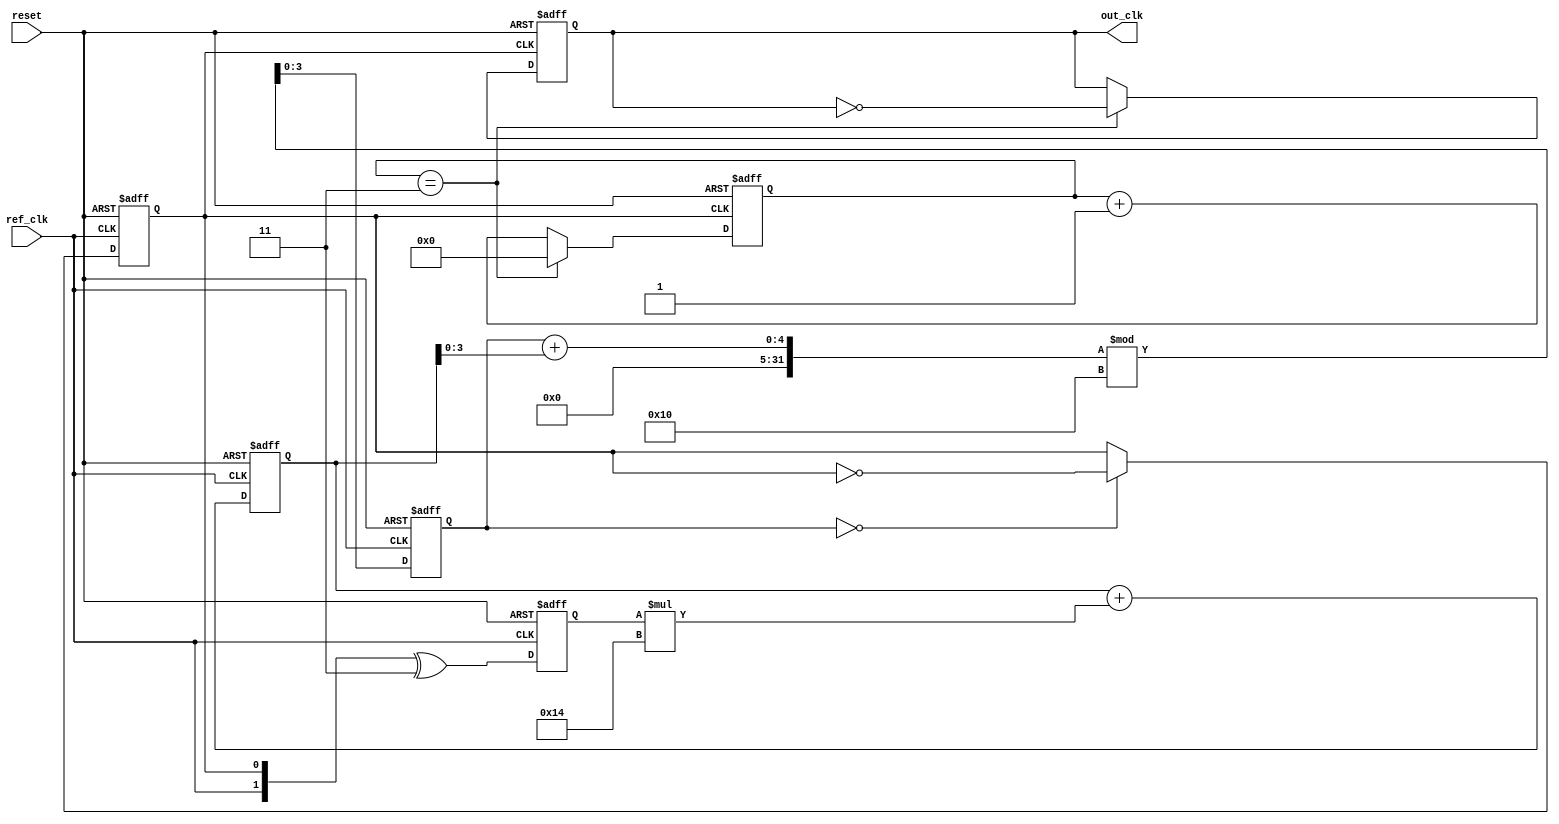
module PLL (
    input wire ref_clk,                // Reference clock input
    input wire reset,                  // Asynchronous reset
    output reg out_clk                 // Output clock signal
);

    // Parameters
    parameter DIV_RATIO = 4;          // Division ratio of the frequency divider
    parameter LOOP_FILTER_COEF = 8'd20;  // Loop filter coefficient for VCO control voltage

    // Internal signals
    reg [1:0] phase_error;             // Phase error output from phase detector
    reg [7:0] control_voltage;          // Control voltage for VCO
    reg [3:0] vco_count;                // VCO counter
    reg [7:0] divider_count;            // Divider counter
    reg vco_clk;                        // Generated VCO clock signal

    // Phase Detector (PD) - Simple XOR based
    always @(posedge ref_clk or posedge reset) begin
        if (reset) begin
            phase_error <= 2'b00;
        end else begin
            // Simple phase detection logic
            phase_error <= {ref_clk, vco_clk} ^ 2'b11; // XOR operation
        end
    end

    // Loop Filter (LF) - Integrator implementation
    always @(posedge ref_clk or posedge reset) begin
        if (reset) begin
            control_voltage <= 8'd0;
        end else begin
            // Control voltage update based on phase error
            control_voltage <= control_voltage + (phase_error * LOOP_FILTER_COEF);
        end
    end

    // Voltage-Controlled Oscillator (VCO)
    always @(posedge ref_clk or posedge reset) begin
        if (reset) begin
            vco_count <= 4'd0;
            vco_clk <= 1'b0;
        end else begin
            // Generate VCO clock based on control voltage
            vco_count <= (vco_count + control_voltage[3:0]) % 16; // Simple frequency control
            if (vco_count == 0) begin
                vco_clk <= ~vco_clk; // Toggle VCO clock
            end
        end
    end

    // Frequency Divider
    always @(posedge vco_clk or posedge reset) begin
        if (reset) begin
            divider_count <= 8'd0;
            out_clk <= 1'b0;
        end else begin
            // Divide VCO clock by DIV_RATIO
            if (divider_count == DIV_RATIO - 1) begin
                out_clk <= ~out_clk; // Toggle output clock
                divider_count <= 8'd0; // Reset divider count
            end else begin
                divider_count <= divider_count + 1;
            end
        end
    end

endmodule